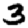
Digit: 3